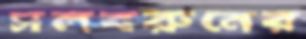
সলবরুনের